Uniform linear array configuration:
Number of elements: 16
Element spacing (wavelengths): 1
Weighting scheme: uniform
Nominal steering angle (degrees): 30
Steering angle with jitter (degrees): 30.474
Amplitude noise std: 0.05
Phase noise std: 0.05

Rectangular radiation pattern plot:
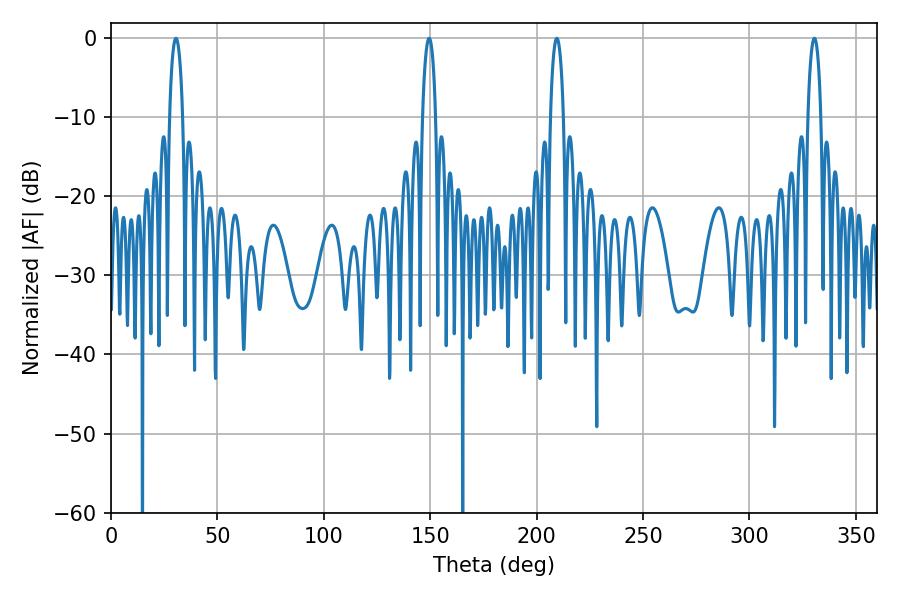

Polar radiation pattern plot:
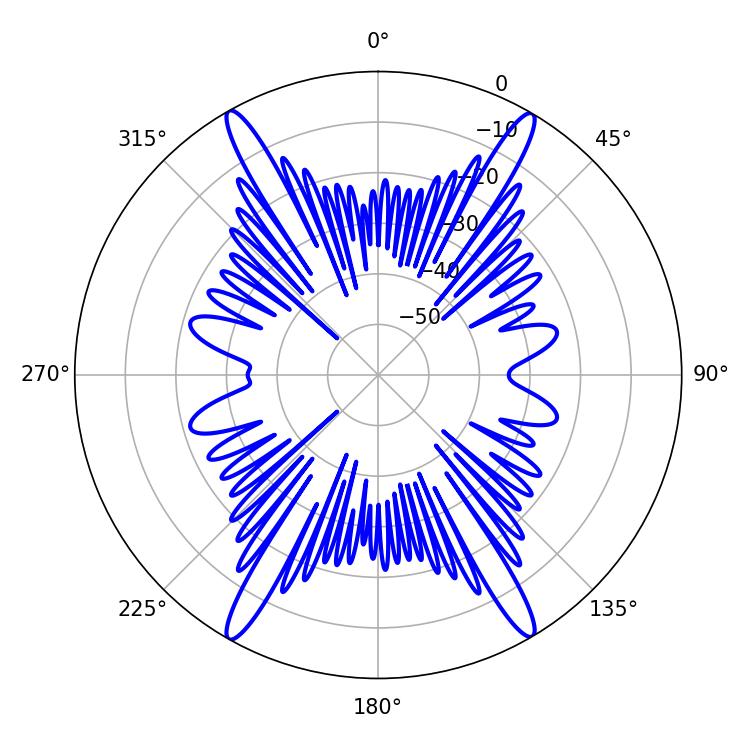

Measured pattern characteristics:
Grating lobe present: TRUE
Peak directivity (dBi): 30.364
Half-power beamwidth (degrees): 3.42
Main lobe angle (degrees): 330.48